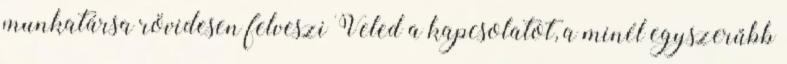
munkatársa rövidesen felveszi Veled a kapcsolatot, a minél egyszerűbb